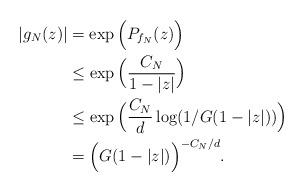
LaTeX: \begin{align*} |g_N(z)| & = \exp\Big( P_{f_N}(z)\Big) \\ & \leq \exp\Big(\frac{C_N}{1-|z|}\Big) \\ & \leq \exp \Big( \frac{C_N}{d} \log(1/G(1-|z|)) \Big) \\ & = \Big(G(1-|z|)\Big)^{-C_N/d}. \end{align*}